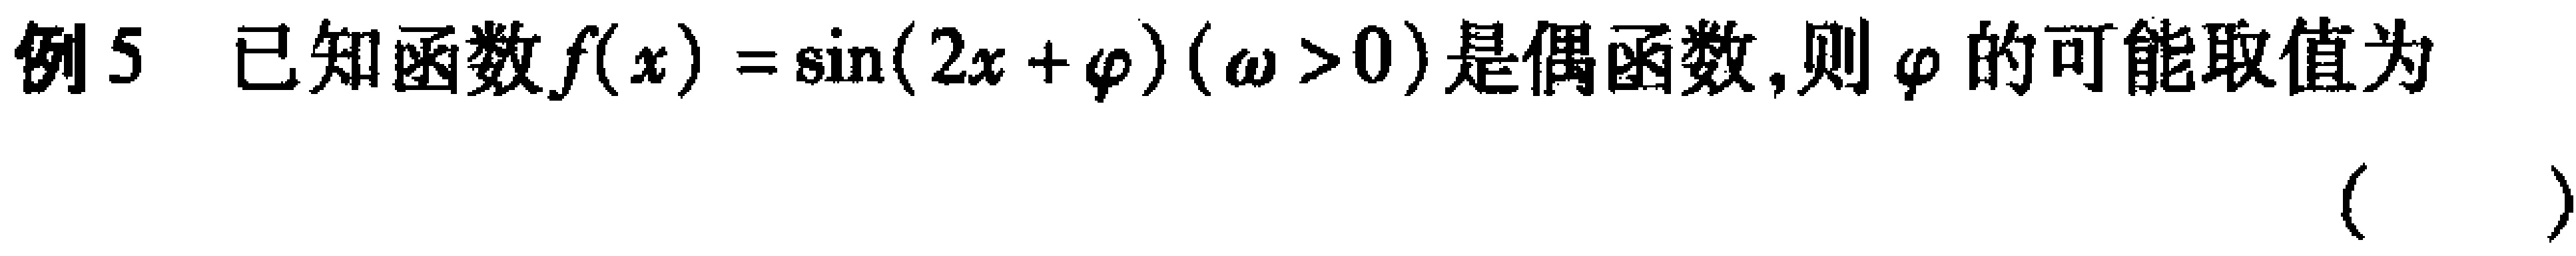
例5 已知函数\(f(x)=\sin(2x + \varphi)(\omega>0)\)是偶函数,则\(\varphi\)的可能取值为（  ）